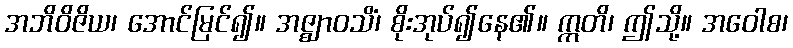
အဘိဝိဇိယ၊ အောင်မြင်၍။ အဇ္ဈာဝသိံ၊ စိုးအုပ်၍နေ၏။ ဣတိ၊ ဤသို့။ အဝေါစ၊